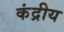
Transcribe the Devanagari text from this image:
कंद्रीय